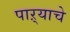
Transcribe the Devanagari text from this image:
पाऱ्याचे